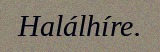
Halálhíre.